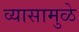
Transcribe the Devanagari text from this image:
व्यासामुळे